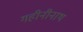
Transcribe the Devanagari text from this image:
गहीनीनाथ